King Institute of Preventive Medicine Micro-Biological Section reports 1909-11
Year: 1909
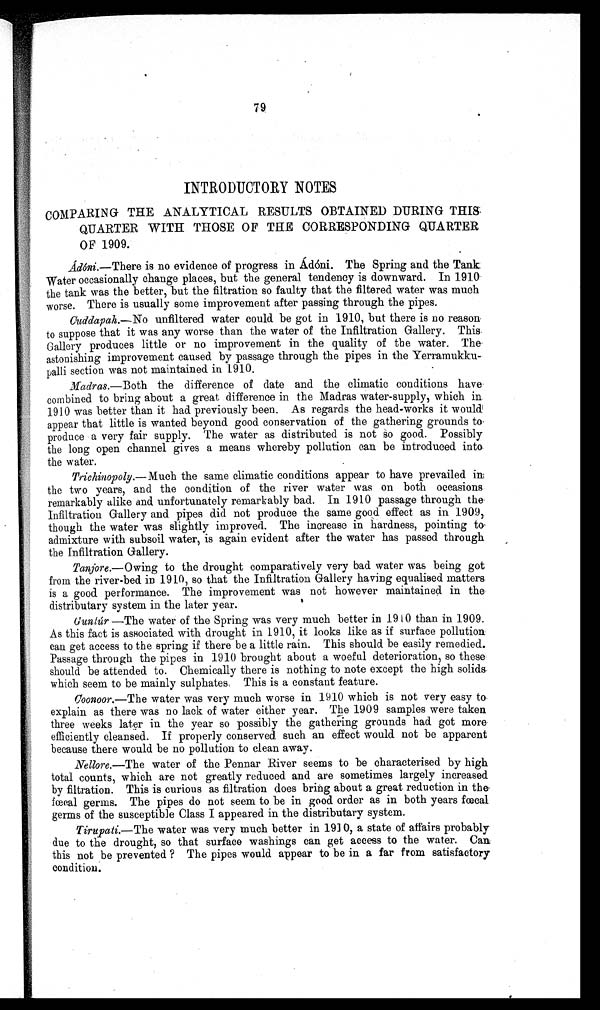
79
INTRODUCTORY NOTES
COMPARING THE ANALYTICAL RESULTS OBTAINED DURING THIS
QUARTER WITH THOSE OF THE CORRESPONDING QUARTER
OF 1909.
Ádóni.—There
is no evidence of progress in Ad óni. The Spring and the Tank
Water occasionally change places, but the general tendency is downward. In 1910
the tank was the better, but the filtration so faulty that the filtered water was much
worse. There is usually some improvement after passing through the pipes.
Cuddapah.—No unfiltered water could be got in 1910, but there is no reason
to suppose that it was any worse than the water of the Infiltration Gallery. This
Gallery produces little or no improvement in the quality of the water. The
astonishing improvement caused by passage through the pipes in the Yerramukku
- p a l l i s e c t i o n w a s n o t m a i n t a i n e di
n 1 9 1 0 .
Madras .—Both the difference of date and the climatic conditions have
combined to bring about a great difference in the Madras water-supply, which in
1910 was better than it had previously been. As regards the head-works it would
appear that little is wanted beyond good conservation of the gathering grounds to
p r o d u c e a v e r y f a i r s u p p l y . T h e w a t e r a s d i s t r i b u t e d i s n o t s o g o o d . P o s s i b l y
the long open channel gives a means whereby pollution can be introduced into
the water.
Trichinopoly .—Much the same climatic conditions appear to have prevailed in
the two years, and the condition of the river water was on both occasions
remarkably alike and unfortunately remarkably bad. In 1910 passage through the
Infiltration Gallery and pipes did not produce the same good effect as in 1909,
though the water was slightly improved. The increase in hardness, pointing to
admixture with subsoil water, is again evident after the water has passed through
the Infiltration Gallery.
Tanjore .—Owing to the drought comparatively very bad water was being got
from the river-bed in 1910, so that the Infiltration Gallery having equalised matters
is a good performance. The improvement was not however maintained in the
distributary system in the later year.
Guntúr.—The water of the Spring was very much better in 1910 than in 1909.
As this fact is associated with drought in 1910, it looks like as if surface pollution
can get access to the spring if there be a little rain. This should be easily remedied.
Passage through the pipes in 1910 brought about a woeful deterioration, so these
should be attended to. Chemically there is nothing to note except the high solids.
which seem to be mainly sulphates. This is a constant feature.
Coonoor.—The water was very much worse in 1910 which is not very easy to
explain as there was no lack of water either year. The 1909 samples were taken
three weeks later in the year so possibly the gathering grounds had got more
efficiently cleansed. If properly conserved such an effect would not be apparent
because there would be no pollution to clean away.
Nellore.—The water of the Pennar River seems to be characterised by high
total counts, which are not greatly reduced and are sometimes largely increased
by filtration. This is curious as filtration does bring about a great reduction in the
fæcal germs. The pipes do not seem to be in good order as in both years fœ cal
germs of the susceptible Class I appeared in the distributary system.
Tirupati.—The water was very much better in 1910, a state of affairs probably
due to the drought, so that surface washings can get access to the water. Can
this not be prevented ? The pipes would appear to be in a far from satisfactory
condition.